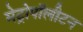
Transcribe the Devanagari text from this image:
मेट्रोपॉलीटन